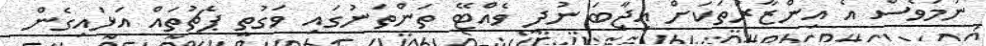
ނަމަވެސް އެ އިންޒާރުތަކަށް އިޖާބަ ނުދީ ވެއްޓޭ ތަންތަނުގައި ވަގުތީ ޕެޗުތައް އަޅައިގެން